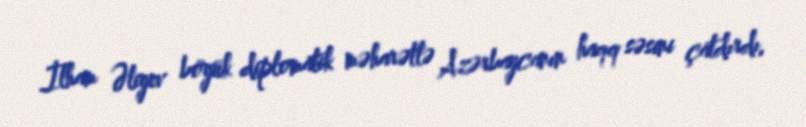
İlham Əliyev böyük diplomatik məharətlə Azərbaycanın haqq səsini çatdırdı,